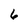
Character: 6